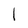
Character: l